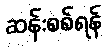
ဆန်းစစ်ရန်